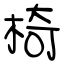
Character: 椅